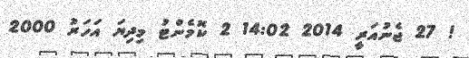
! 27 ޖެނުއަރީ 2014 14:02 2 ކޮމެންޓު މިދިޔަ އަހަރު 2000